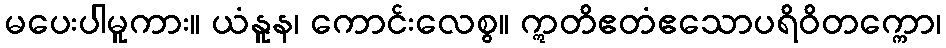
မပေးပါမူကား။ ယံနူန၊ ကောင်းလေစွ။ ဣတိဧတံဧသောပရိဝိတက္ကော၊